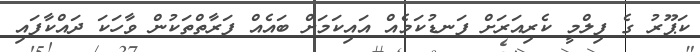
ކަޕޫރު ގެ ފިލްމީ ކެރިއަރަށް ފަނޑުކަމެއް އައިކަމަށް ބައެއް ފަރާތްތަކުން ވާހަކަ ދައްކާފައި